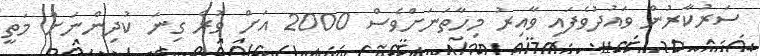
ސަރުކާރުން ވައުދުވެފައި ވާއިރު މިހާތަނަށްވެސް 2000 އަށް ވުރެ ގިނަ ކުދިންނަށް މަތީ